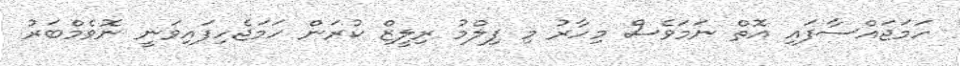
ހަމަޖައްސާފައި އޮތް ނަމަވެސް މިހާރު މި ފިލްމު ރިލީޒް ކުރަން ހަމަޖެހިފައިވަނީ ނޮވެމްބަރު